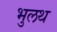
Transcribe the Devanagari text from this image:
भुलथ